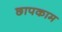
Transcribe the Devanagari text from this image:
छापकाम